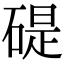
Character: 碮